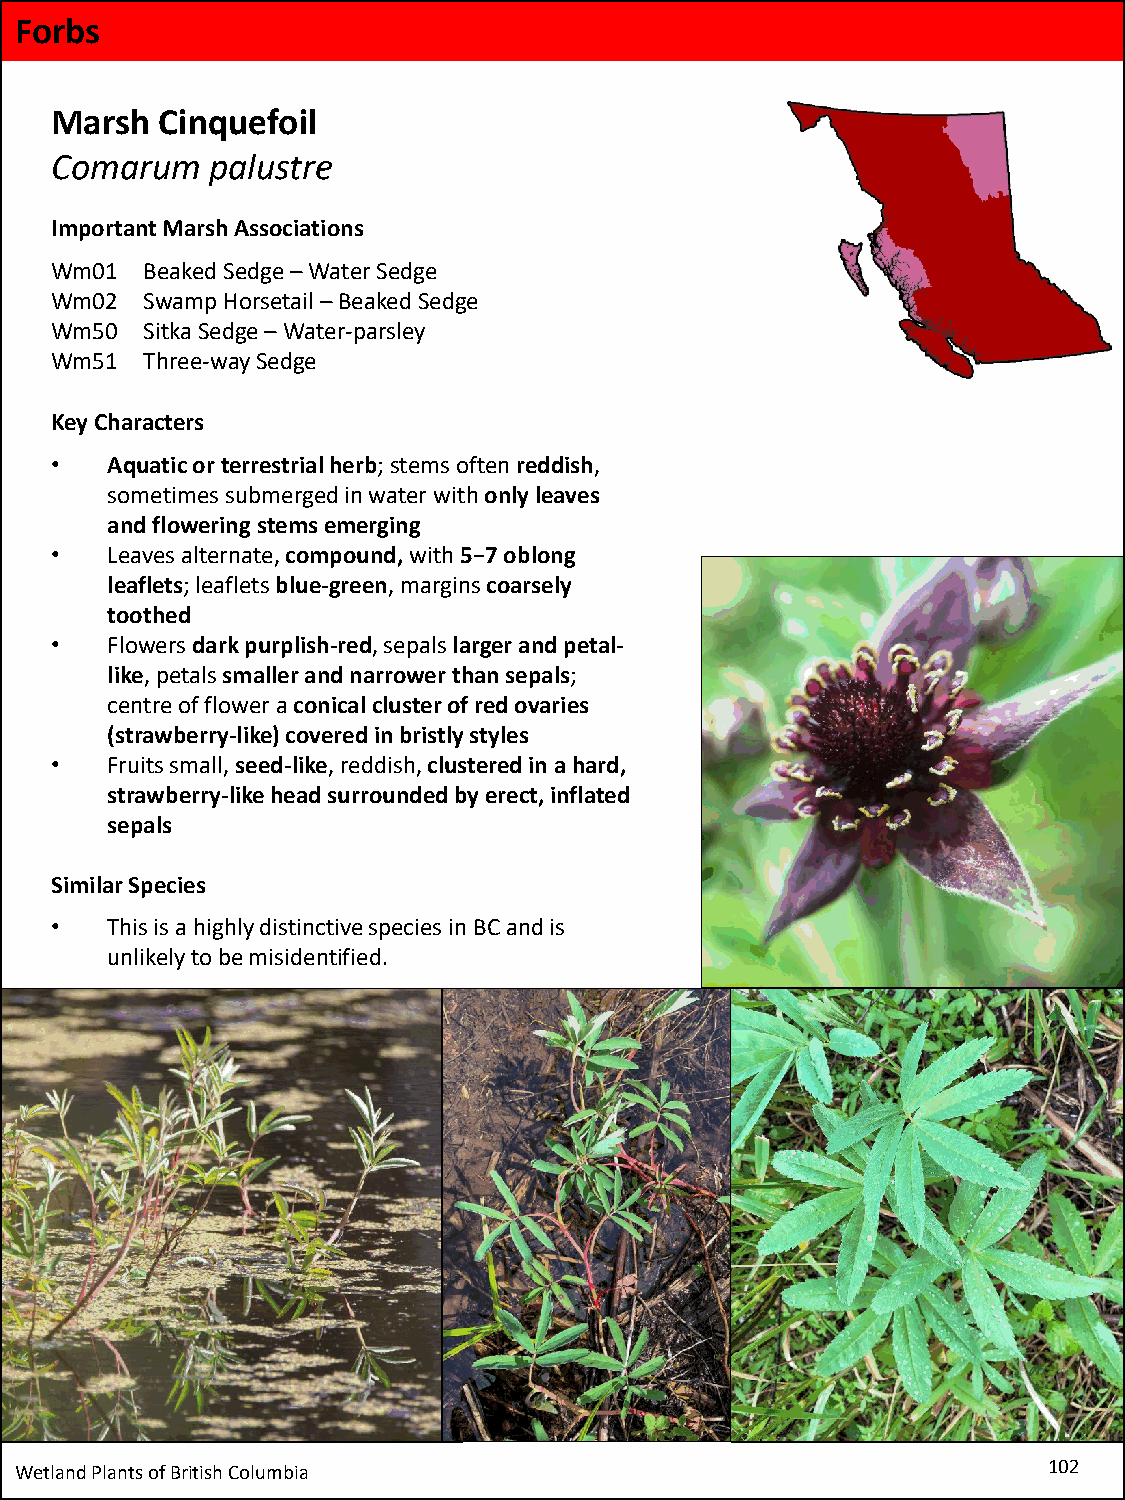
Forbs
 Marsh   Cinquefoil
 Comarum    palustre
 Important Marsh Associations
 Wm01  Beaked Sedge –Water Sedge
 Wm02  Swamp Horsetail –Beaked Sedge
 Wm50  Sitka Sedge –Water-parsley
 Wm51  Three-way Sedge
 Key Characters
 •   Aquatic or terrestrial herb; stems often reddish,
 sometimes submerged in water with only leaves
 and flowering stems emerging
 •   Leaves alternate, compound, with 5−7 oblong
 leaflets; leaflets blue-green, margins coarsely
 toothed
 •   Flowers dark purplish-red, sepals larger and petal-
 like, petals smaller and narrower than sepals;
 centre of flower a conical cluster of red ovaries
 (strawberry-like) covered in bristly styles
 •   Fruits small, seed-like, reddish, clustered in a hard,
 strawberry-like headsurrounded by erect, inflated
 sepals
 Similar Species
 •   This is a highly distinctive species in BC and is
 unlikely to be misidentified.
 Wetland Plants of British Columbia                                  102